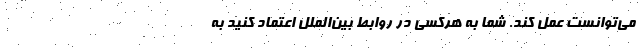
مي‌توانست عمل كند. شما به هركسي در روابط بين‌الملل اعتماد كنيد به